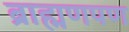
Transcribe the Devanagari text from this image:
ब्राह्मणपण